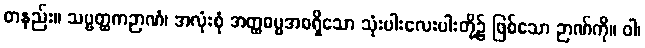
တနည်း။ သဗ္ဗတ္ထကဉာဏံ၊ အလုံးစုံ အတ္ထဓမ္မအစရှိသော သုံးပါးလေးပါးတို့၌ ဖြစ်သော ဉာဏ်ကို။ ဝါ၊